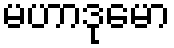
မဟာဒုမော